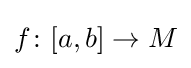
f\colon [a,b]\to M